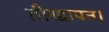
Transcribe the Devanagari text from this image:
तीखापन।